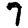
Digit: 7